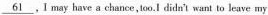
\underline{61} , I may have a chance,too.I dids'l want to leave my